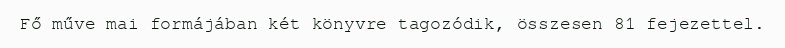
Fő műve mai formájában két könyvre tagozódik, összesen 81 fejezettel.